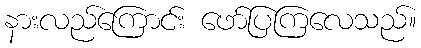
နားလည်ကြောင်း ဖော်ပြကြလေသည်။